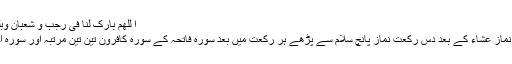
اَ للّٰھُمَّ بَارِک لَنَا فِی رَجَبَ و شُعبَانَ وَبَلَّغنَا اِلٰی شَھرِ رَمَضَانَ ط
ماہ رجب کی پہلی شب نماز عشاء کے بعد دس رکعت نماز پانچ سلام سے پڑھے ہر رکعت میں بعد سورہ فاتحہ کے سورہ کافرون تین تین مرتبہ اور سورہ اخلاص تین دفعہ پڑھے۔